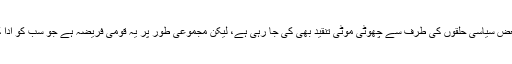
اگرچہ بعض سیاسی حلقوں کی طرف سے چھوٹی موٹی تنقید بھی کی جا رہی ہے، لیکن مجموعی طور پر یہ قومی فریضہ ہے جو سب کو ادا کرنا ہے۔